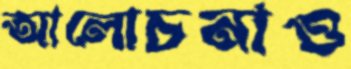
আলোচনাও